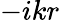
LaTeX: -ikr